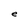
Character: e